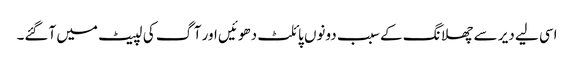
اسی لیے دیر سے چھلانگ کے سبب دونوں پائلٹ دھوئیں اور آگ کی لپیٹ میں آگئے۔